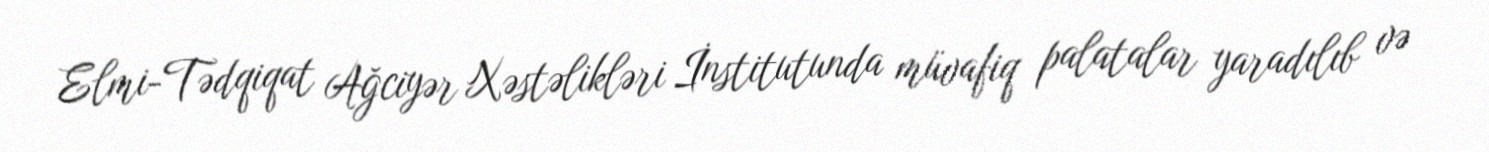
Elmi-Tədqiqat Ağciyər Xəstəlikləri İnstitutunda müvafiq palatalar yaradılıb və